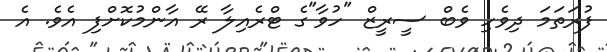
ފުރަތަމަ ދިވެހި ވެބް ސީރީޒް "ހުވާ"ގެ ޓްރެއިލާ ރޭ އާންމުކޮށްފި އެވެ. އެ